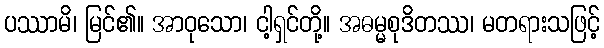
ပဿာမိ၊ မြင်၏။ အာဝုသော၊ ငါ့ရှင်တို့။ အဓမ္မစုဒိတဿ၊ မတရားသဖြင့်